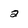
Character: 2